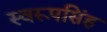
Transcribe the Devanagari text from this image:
स्वरूपसिंह